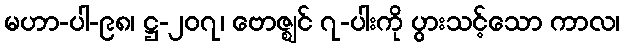
မဟာ-ပါ-၉၈၊ ဋ္ဌ-၂၀၇၊ ဗောဇ္ဈင် ၇-ပါးကို ပွားသင့်သော ကာလ၊